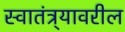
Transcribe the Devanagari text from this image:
स्वातंत्र्यावरील